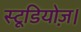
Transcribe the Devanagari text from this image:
स्टूडियोज़।